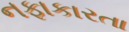
નફાકારતા